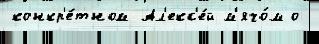
конкр'е́тном Ал'екс'е́й м'ячо́м о